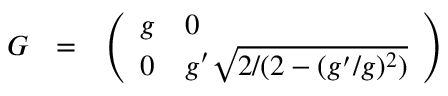
G ~ ~ = ~ ~ \left( \begin{array} { l l } { { g } } & { { 0 } } \\ { { 0 } } & { { g ^ { \prime } \sqrt { 2 / ( 2 - ( g ^ { \prime } / g ) ^ { 2 } ) } } } \end{array} \right)